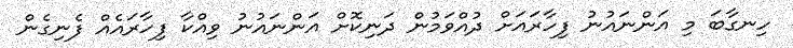
ހިނގާބަ މި އަންނައުނު ފިހާރައަށް ދުއްވަމުން ދަނިކޮށް އަންނައުނު ވިއްކާ ފިހާރައެއް ފެނިގެން